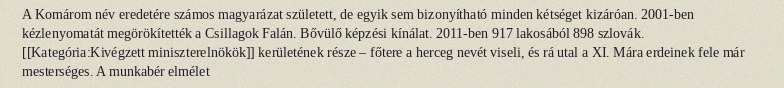
A Komárom név eredetére számos magyarázat született, de egyik sem bizonyítható minden kétséget kizáróan. 2001-ben kézlenyomatát megörökítették a Csillagok Falán. Bővülő képzési kínálat. 2011-ben 917 lakosából 898 szlovák. [[Kategória:Kivégzett miniszterelnökök]] kerületének része – főtere a herceg nevét viseli, és rá utal a XI. Mára erdeinek fele már mesterséges. A munkabér elmélet